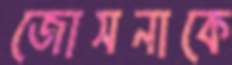
জোসনাকে